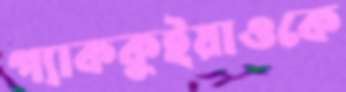
প্যাককুইয়াওকে